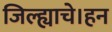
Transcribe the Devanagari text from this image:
जिल्ह्याचे।हन